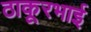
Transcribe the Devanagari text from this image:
ठाकूरभाई